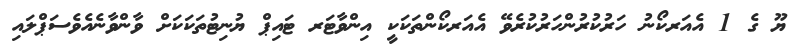
ޔޫ ގެ 1 އެއަރކޯނު ހަރުކުރުންހަރުކުރެވޭ އެއަރކޯންތަކަކީ އިންވާޓަރ ޓައިޕް ޔުނިޓުތަކަކަށް ވާންވާނެއެވެސަޕްލައި